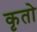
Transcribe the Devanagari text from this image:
कृतो